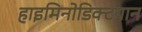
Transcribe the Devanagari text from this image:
हाइमिनोडिक्टयान